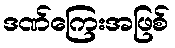
ဒဏ်ကြေးအဖြစ်